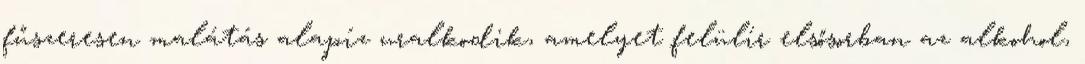
fűszeresen malátás alapíz uralkodik, amelyet felülír elsősorban az alkohol,